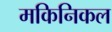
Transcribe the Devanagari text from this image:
मकिनिकल